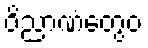
ဝိညာဏံတွေဝ